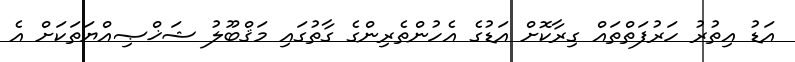
އަޑު އިތުރު ހަރުފަތްތައް ގިރާކޮށް އަޑުގެ އެހުންތެރިންގެ ގާތުގައި މަޤްބޫލު ޝަޚްޞިއްޔަތަކަށް އެ